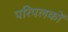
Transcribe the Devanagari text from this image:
परिपलकों